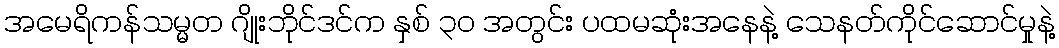
အမေရိကန်သမ္မတ ဂျိုးဘိုင်ဒင်က နှစ် ၃၀ အတွင်း ပထမဆုံးအနေနဲ့ သေနတ်ကိုင်ဆောင်မှုနဲ့